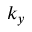
k _ { y }